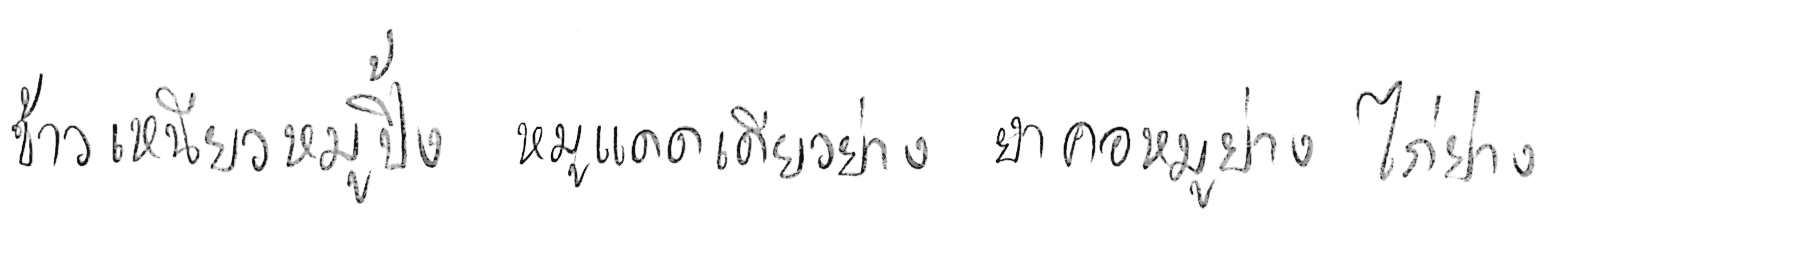
ข้าวเหนียวหมูปิ้ง หมูแดดเดียวย่าง ยำคอหมูย่าง ไก่ย่าง